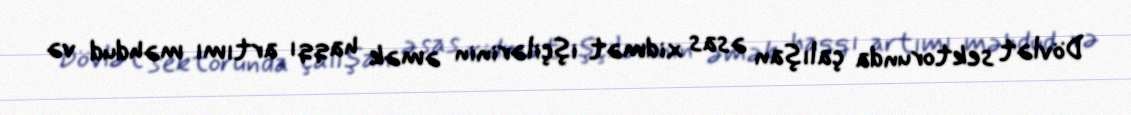
Dövlət sektorunda çalışan əsas xidmət işçilərinin əmək haqqı artımı məhdud və